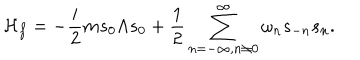
{ \cal H } _ { f } = - { \frac { i } { 2 } } m s _ { 0 } \Lambda s _ { 0 } + { \frac { 1 } { 2 } } \sum _ { n = - \infty , n \neq 0 } ^ { \infty } \omega _ { n } s _ { - n } s _ { n } .